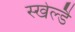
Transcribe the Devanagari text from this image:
स्खेल्डै